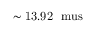
\mathrm { { \sim 1 3 . 9 2 \ \ m u s } }